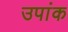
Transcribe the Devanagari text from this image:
उपांक